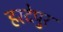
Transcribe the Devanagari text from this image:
हरदेपुर